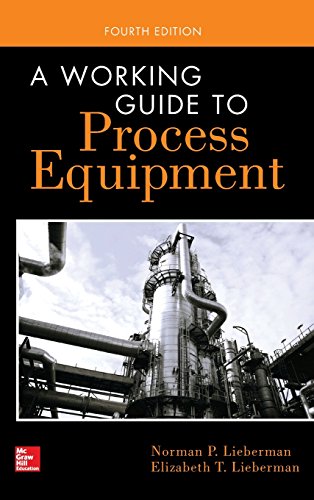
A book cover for A Working Guide to Process Equipment, Fourth Edition; Norman Lieberman; Engineering & Transportation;